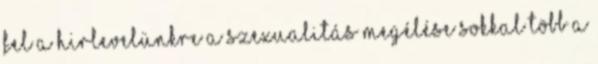
fel a hirlevelünkre A szexualitás megélése sokkal több a